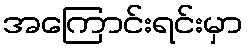
အကြောင်းရင်းမှာ